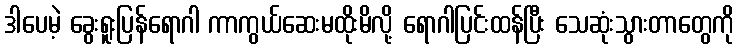
ဒါပေမဲ့ ခွေးရူးပြန်ရောဂါ ကာကွယ်ဆေးမထိုးမိလို့ ရောဂါပြင်းထန်ပြီး သေဆုံးသွားတာတွေကို